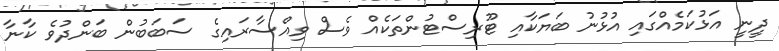
ދީނީ އަޅުކަމެއްގައި އުޅުނު ބަޔަކާއި ޓޫރިސްޓުންތަކެއް ވެސް ވިއްސާރައިގެ ސަބަބުން ބަންދުވެ ކާނާ